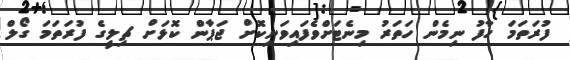
ފުރަތަމަ ހާފު ނިމެން ހަތަރު މިނެޓަށްވެފައިވަނިކޮށް ޖަޕާން ކޮޅަށް ޗިލީގެ ފުރަތަމަ ގޯލް